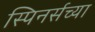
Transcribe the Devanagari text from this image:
स्पिनर्सच्या